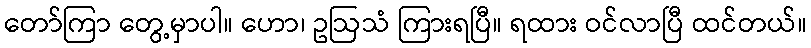
တော်ကြာ တွေ့မှာပါ။ ဟော၊ ဥဩသံ ကြားရပြီ။ ရထား ဝင်လာပြီ ထင်တယ်။